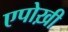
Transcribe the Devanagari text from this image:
एपोख़ी